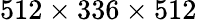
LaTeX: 512\times 336\times 512